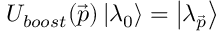
U _ { b o o s t } ( \vec { p } ) \left| \lambda _ { 0 } \right> = \left| \lambda _ { \vec { p } } \right>